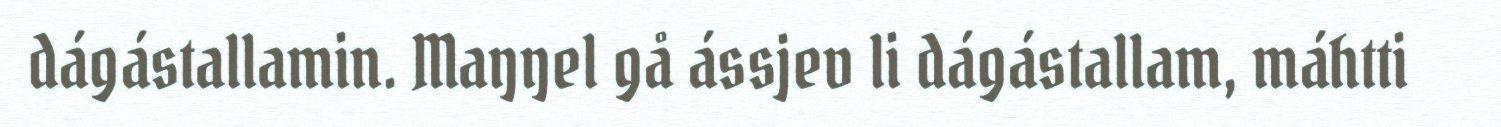
dágástallamin. Maŋŋel gå ássjev li dágástallam, máhtti